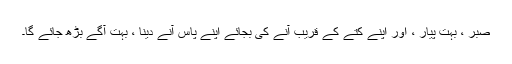
صبر ، بہت پیار ، اور اپنے کتے کے قریب آنے کی بجائے اپنے پاس آنے دینا ، بہت آگے بڑھ جائے گا۔